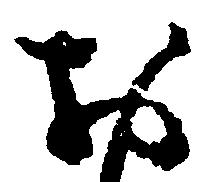
お